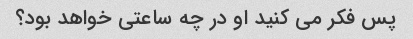
پس فکر می کنید او در چه ساعتی خواهد بود؟